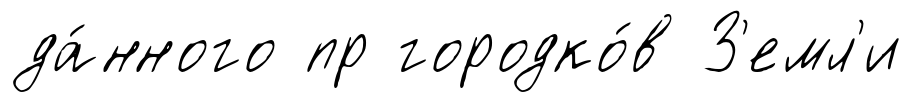
да́нного пр городко́в З'емл'и